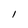
Character: l